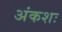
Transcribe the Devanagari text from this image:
अंकशः